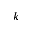
k